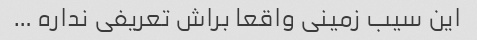
این سیب زمینی واقعا براش تعریفی نداره …